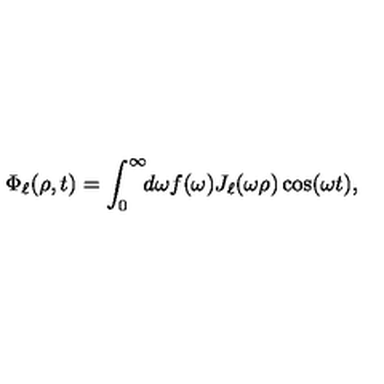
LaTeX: \Phi _ { \ell } ( \rho , t ) = \int _ { 0 } ^ { \infty } \! \! d \omega f ( \omega ) J _ { \ell } ( \omega \rho ) \cos ( \omega t ) ,